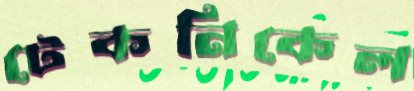
টেকনিকেল